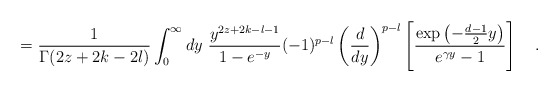
\begin{align*}={1 \over \Gamma(2z+2k-2l)}\int_{0}^{\infty} dy~ {y^{2z+2k-l-1} \over 1-e^{-y}}(-1)^{p-l}\left({d \over dy}\right)^{p-l}\left[{\exp\left(-{d-1 \over 2}y\right) \over e^{\gamma y} -1}\right]~~~.\end{align*}